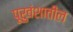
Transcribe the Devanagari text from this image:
पूरुवंशातील